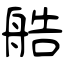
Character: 艁